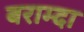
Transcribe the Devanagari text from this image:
बराम्दा